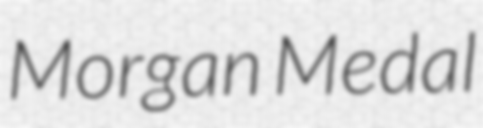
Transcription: Morgan Medal